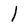
Character: l